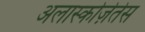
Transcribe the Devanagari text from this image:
अलास्कोज़ेतेस